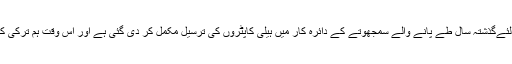
بوگنسکی نے کہا ہے کہKa-32A11BC کی برآمد کے لئےگذشتہ سال طے پانے والے سمجھوتے کے دائرہ کار میں ہیلی کاپٹروں کی ترسیل مکمل کر دی گئی ہے اور اس وقت ہم ترکی کے ساتھ نئی ترسیل کے بارے میں بات چیت کر رہے ہیں۔